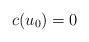
LaTeX: \begin{align*} c(u_{0}) = 0 \end{align*}